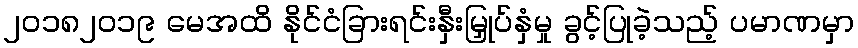
၂၀၁၈၂၀၁၉ မေအထိ နိုင်ငံခြားရင်းနှီးမြှုပ်နှံမှု ခွင့်ပြုခဲ့သည့် ပမာဏမှာ